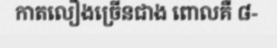
កាតលឿងច្រើនជាង ពោលគឺ ៨-